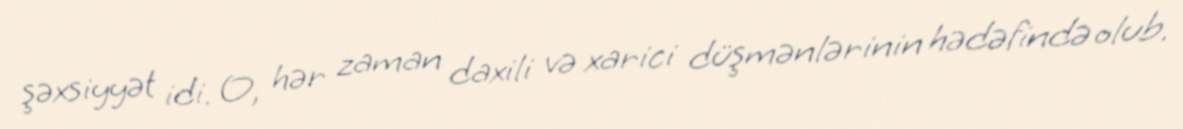
şəxsiyyət idi. O, hər zaman daxili və xarici düşmənlərinin hədəfində olub.